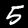
Label: 5